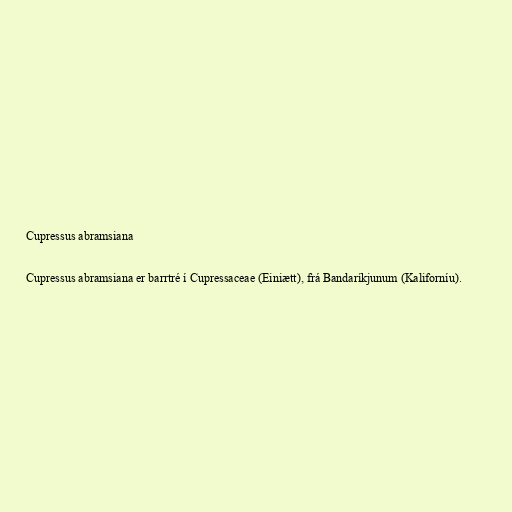
Cupressus abramsiana

Cupressus abramsiana er barrtré í Cupressaceae (Einiætt), frá Bandaríkjunum (Kaliforníu).